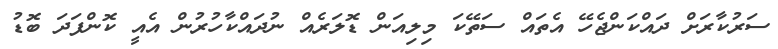
ސަރުކާރަށް ދައްކަންޖެހޭ އެތައް ސަތޭކަ މިލިއަން ޑޮލަރެއް ނުދައްކާހުރުން އެއީ ކޮންފަދަ ބޮޑު